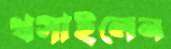
খসাইলেন